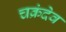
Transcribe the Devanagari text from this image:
चक्रंदेव